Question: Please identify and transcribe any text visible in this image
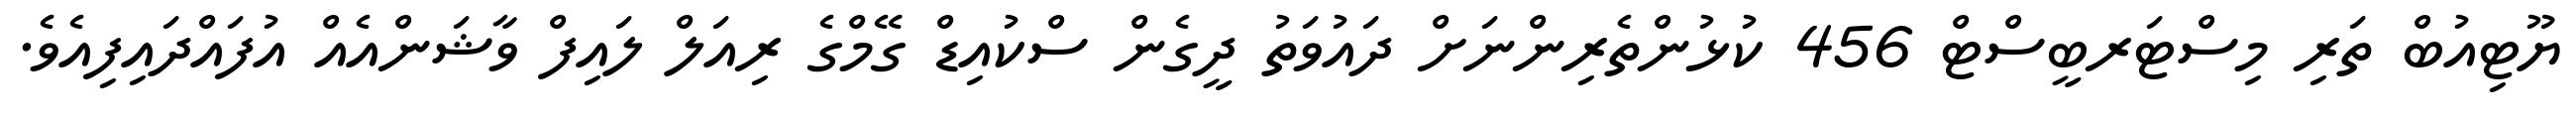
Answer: ޔޫޓިއުބް ތަރި މިސްޓަރބީސްޓް 456 ކުޅުންތެރިންނަށް ދައުވަތު ދީގެން ސްކުއިޑް ގޭމްގެ ރިއަލް ލައިފް ވާޝަންއެއް އުފައްދައިފިއެވެ.